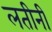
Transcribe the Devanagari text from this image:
लतीनी